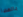
بالعصا